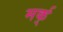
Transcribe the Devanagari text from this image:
मर्क्